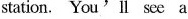
station. You'll see a